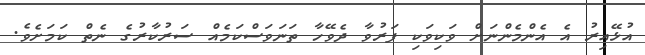
އުޅޭއިރު އެ އެންމެންނަށް ވަކިވަކި ފަރުވާ ދެވޭހާ ތަނަވަސްކަމެއް ސަރުކާރުގެ ނެތް ކަމަށެވެ.